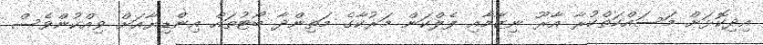
އިދިކޮޅަށް މަސައްކަތްކުރާ އާރޫ ނިޒާމާއި ފެލްކަން މަރުކާގެ މަތިންދާ ބޯޓުތައް އިންޑިޔާއަށް ވިއްކުންވެސް